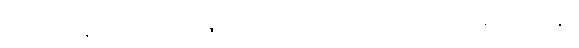
တတိယေနာတိ ဒေဝရာဇော အာသိတ္တတေလဝဏ္ဏာတိပိ ထေရီတိ ပါပနာ